Annual report on the health of the army in India
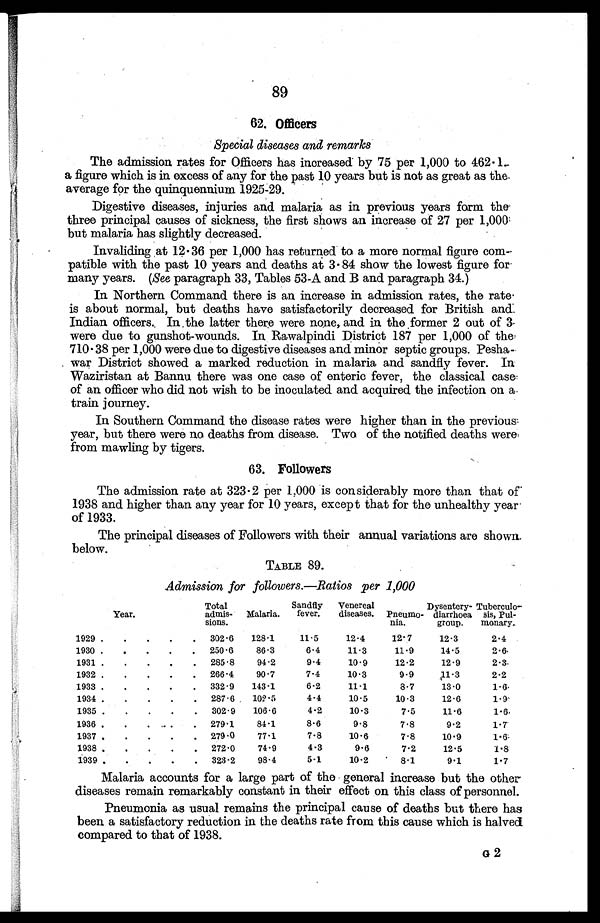
89
6 2 . O f f i c e r s
S p e c i a l d i s e a s e s a n d r e m a r k s
The admission rates for Officers has increased by 75 per 1,000 to 462.1
a figure which is in excess of any for the past 10 years but is not as great as the
average for the quinquennium 1925-29.
Digestive diseases, injuries and malaria as in previous years form the
three principal causes of sickness, the first shows an increase of 27 per 1,000
but malaria has slightly decreased.
Invaliding . at 12.36 per 1,000 has returned to a more normal figure com-
patible with the past 10 years and deaths at 3.84 show the lowest figure for
many years. (See paragraph 33, Tables 53-A and B and paragraph 34.)
In Northern Command there is an increase in admission rates, the rate
is about normal, but deaths have satisfactorily decreased for British and
Indian officers. In the latter there were none, and in the former 2 out of 3
were due to gunshot- wounds. In Rawalpindi District 187 per 1,000 of the
710.38 per 1,000 were due to digestive diseases and minor septic groups. Pesha
-
war District showed a marked reduction in malaria and sandfly fever. In
Waziristan at Bannu there was one case of enteric fever, the classical case
of an officer who did not wish to be inoculated and acquired the infection on a
train journey.
In Southern Command the disease rates were higher than in the previous
year, but there were no deaths from disease. Two of the notified deaths were
from mawling by tigers.
F o l l o w e r s
The admission rate at 323.2 per 1,000 is considerably more than that of
1938 and higher than any year for 10 years, except that for the unhealthy year
of 1933.
The principal diseases of Followers with their annual variations are shown.
below.
TABLE 89.
Admission for followers.—Ratios per 1,000
Year.
Total
admis-
sions.
Malaria.
Sandfly
fever.
Venereal
diseases. Pneumo-
nia.
Dysentery-
diarrhoea
group.
Tuberculo-
sis, Pul
-
monary.
1929 . . .
302.6
128.1
11.5
12.4
12.7
12.3
2.4
1930 . . .
250.6
86.3
6.4
11.3
11.9
14.5
2.6
1931 . . .
285.8
94.2
9.4
10.9
12.2
12.9
2.3
1932 . . .
266.4
90.7
7.4
10.3
9.9
1.3
2.2
1933 . . .
332.9
143.1
6.2
11.1
8.7
13.0
1.6
1934 . . .
287.6 102.5
4.4
10.5
10.3
12.6
1.9
1935 . . .
302.9
106.6
4.2
10.3
7.5
11.6
1.6
1936 . . .
279 . 1
84.1
8.6
9.8
7.8
9.2
1.7
1937 . . .
279.0
77.1
7.8
10.6
7.8
10.9
1.6
1938 . . .
272.0
74.9
4.3
9.6
7.2
12.5
1.8
1939 . . .
323.2
98.4
5.1
10.2
8.1
9.1
1.7
Malaria accounts for a large part of the general increase but the other
diseases remain remarkably constant in their effect on this class of personnel.
Pneumonia as usual remains the principal cause of deaths but there has
been a satisfactory reduction in the deaths rate from this cause which is halved
compared to that of 1938.